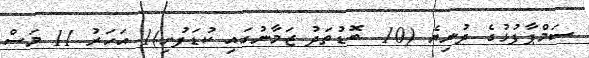
ސަމްޕާފުޅުގެ ދުނިޔެ (10  ބޮޑުތަދު ޒަމާނުގައި ކުޑަފުށި)1 އަހަރު 11 މަސް